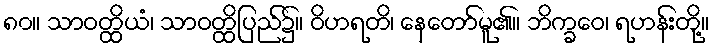
၈၀။ သာဝတ္ထိယံ၊ သာဝတ္ထိပြည်၌။ ဝိဟရတိ၊ နေတော်မူ၏။ ဘိက္ခဝေ၊ ရဟန်းတို့။